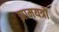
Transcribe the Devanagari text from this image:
झामयत्रों